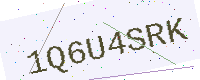
Text: 1Q6U4SRK